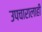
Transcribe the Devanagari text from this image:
उपचारालाही